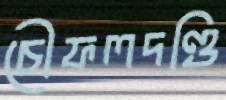
চৌফলদণ্ডি